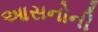
આસનોની